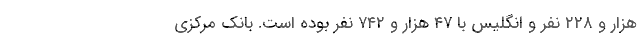
هزار و ۲۲۸ نفر و انگلیس با ۴۷ هزار و ۷۴۲ نفر بوده است. بانک مرکزی